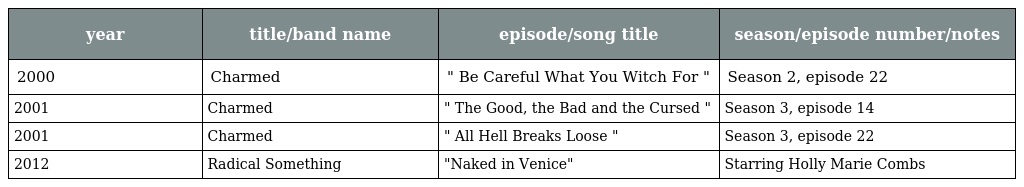
| year | title/band name | episode/song title | season/episode number/notes |
 | --- | --- | --- | --- |
 | 2000 | Charmed | " Be Careful What You Witch For " | Season 2, episode 22 |
 | 2001 | Charmed | " The Good, the Bad and the Cursed " | Season 3, episode 14 |
 | 2001 | Charmed | " All Hell Breaks Loose " | Season 3, episode 22 |
 | 2012 | Radical Something | "Naked in Venice" | Starring Holly Marie Combs |